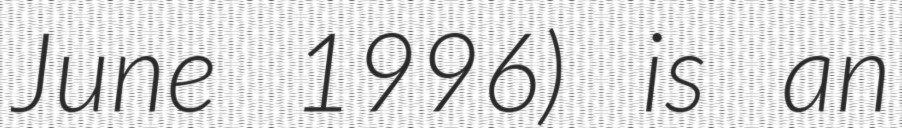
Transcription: June 1996) is an